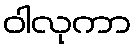
ဝါလုကာ